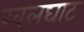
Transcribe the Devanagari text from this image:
खलघाट